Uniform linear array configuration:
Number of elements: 64
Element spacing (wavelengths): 0.75
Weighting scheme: uniform
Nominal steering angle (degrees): -45
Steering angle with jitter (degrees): -44.595
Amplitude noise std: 0.05
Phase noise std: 0.05

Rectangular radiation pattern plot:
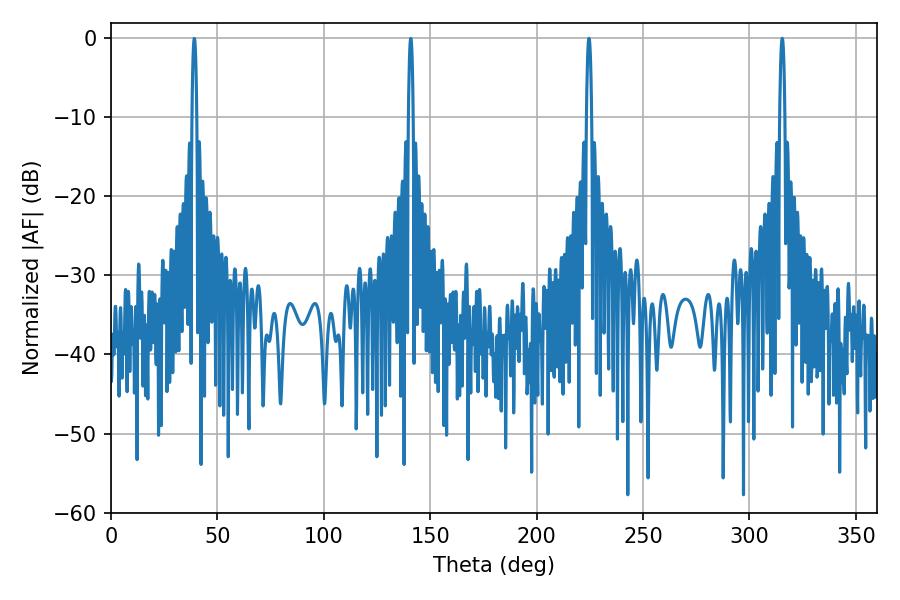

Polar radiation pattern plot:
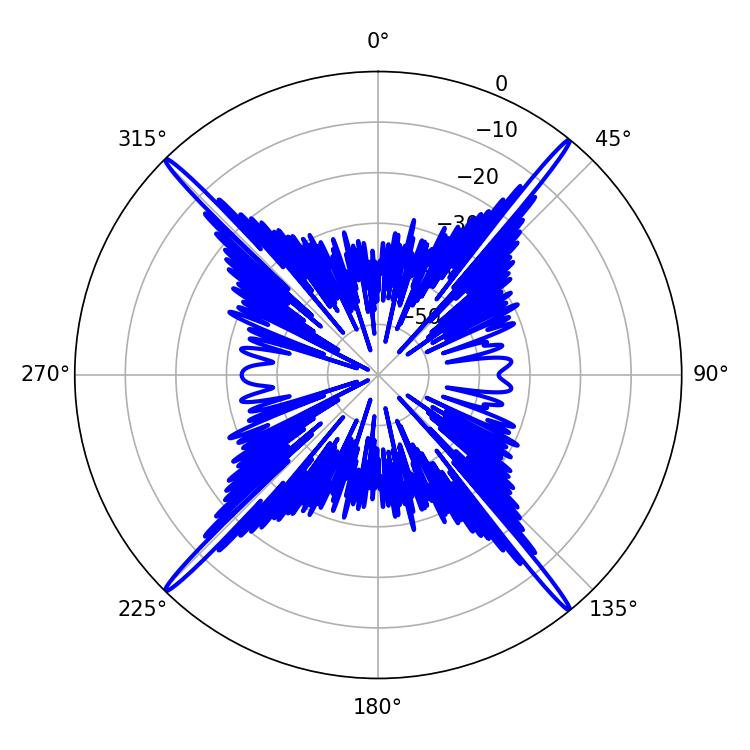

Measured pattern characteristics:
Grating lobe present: TRUE
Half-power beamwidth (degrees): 1.26
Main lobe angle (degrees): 315.36